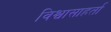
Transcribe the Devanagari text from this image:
विश्वासाहर्ता